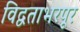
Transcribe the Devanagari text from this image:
विद्वताभरपूर